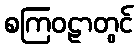
စကြဝဠာတွင်